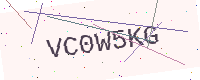
Text: VC0W5KG